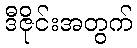
ဒီဇိုင်းအတွက်